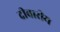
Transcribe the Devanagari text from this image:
दीवारीय